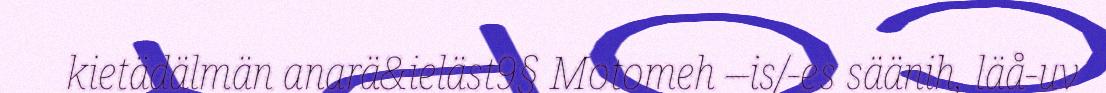
kietädälmän anarä&ieläst9§ Motomeh –is/-es säänih, läå-uv